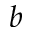
b